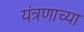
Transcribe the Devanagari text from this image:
यंत्रणाच्या